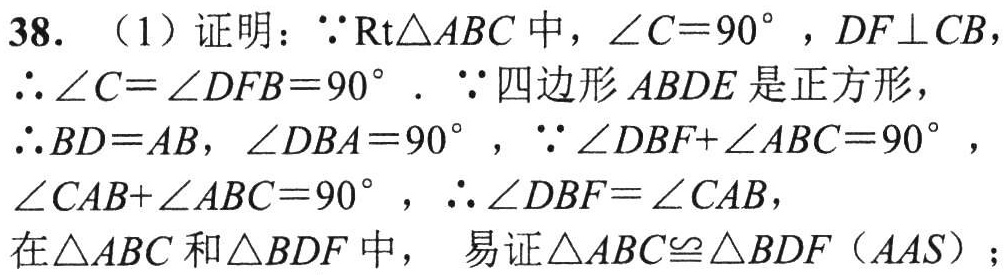
38. （1）证明：\(\because\mathrm{Rt}\triangle ABC\) 中，\(\angle C = 90^{\circ}\)，\(DF\perp CB\)，
\(\therefore\angle C=\angle DFB = 90^{\circ}\)．\(\because\) 四边形 \(ABDE\) 是正方形，
\(\therefore BD = AB\)，\(\angle DBA = 90^{\circ}\)，\(\because\angle DBF+\angle ABC = 90^{\circ}\)，
\(\angle CAB+\angle ABC = 90^{\circ}\)，\(\therefore\angle DBF=\angle CAB\)，
在\(\triangle ABC\) 和\(\triangle BDF\) 中， 易证\(\triangle ABC\cong\triangle BDF\)（\(AAS\)）；